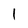
Character: 1